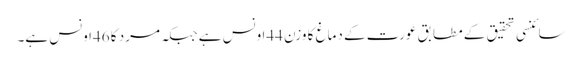
سائنسی تحقیق کے مطابق عورت کے دماغ کا وزن 44اونس ہے جبکہ مرد کا 46اونس ہے۔